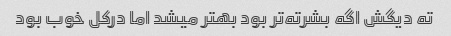
ته دیگش اگه بشرته‌تر بود بهتر میشد اما درکل خوب بود